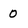
Character: O